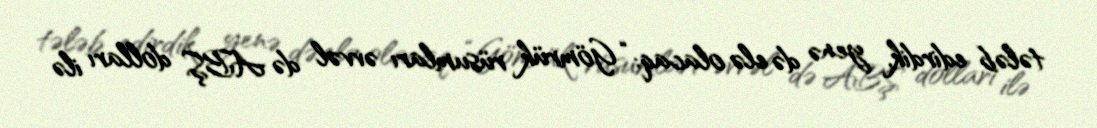
tələb edirdik, yenə də elə olacaq: “Gömrük rüsumları əvvəl də ABŞ dolları ilə